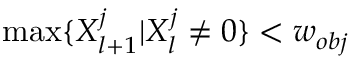
\operatorname* { m a x } \{ X _ { l + 1 } ^ { j } | X _ { l } ^ { j } \neq 0 \} < w _ { o b j }